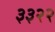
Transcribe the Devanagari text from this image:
३३२२